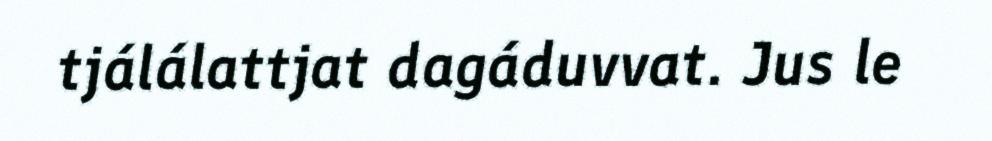
tjálálattjat dagáduvvat. Jus le